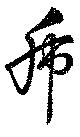
虎